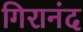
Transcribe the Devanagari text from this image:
गिरानंद